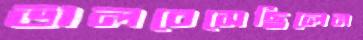
ভালবেসেছিলেন